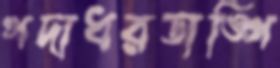
গদাধরডাঙ্গি